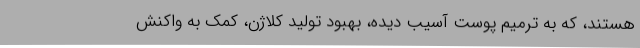
هستند، که به ترمیم پوست آسیب دیده، بهبود تولید کلاژن، کمک به واکنش